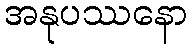
အနုပဿနော